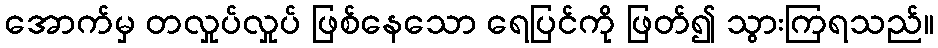
အောက်မှ တလှုပ်လှုပ် ဖြစ်နေသော ရေပြင်ကို ဖြတ်၍ သွားကြရသည်။